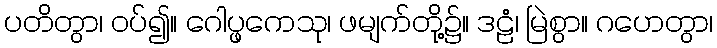
ပတိတွာ၊ ဝပ်၍။ ဂေါပ္ဖကေသု၊ ဖမျက်တို့၌။ ဒဠံ၊ မြဲစွာ။ ဂဟေတွာ၊